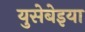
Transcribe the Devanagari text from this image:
युसेबेइया